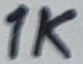
Text: 1K